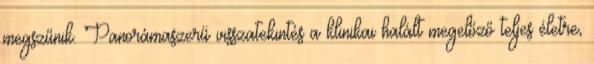
megszűnik. Panorámaszerű visszatekintés a klinikai halált megelőző teljes életre,